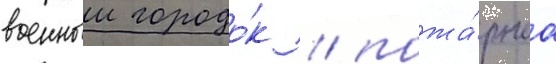
военныи городо́к / пожа́рнаа